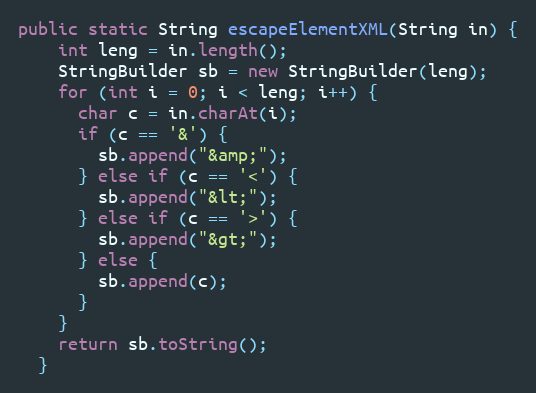
Language: Java
public static String escapeElementXML(String in) {
    int leng = in.length();
    StringBuilder sb = new StringBuilder(leng);
    for (int i = 0; i < leng; i++) {
      char c = in.charAt(i);
      if (c == '&') {
        sb.append("&amp;");
      } else if (c == '<') {
        sb.append("&lt;");
      } else if (c == '>') {
        sb.append("&gt;");
      } else {
        sb.append(c);
      }
    }
    return sb.toString();
  }